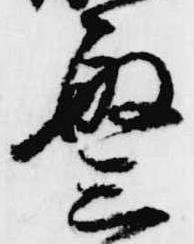
繁